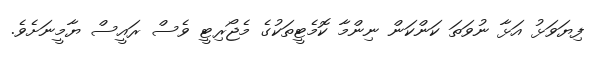
ފިޔަވަޅު އަޅާ ނުވަތަ ކަންކަން ނިންމާ ކޮމެޓީތަކުގެ މެޖޯރިޓީ ވެސް ރައީސް ޔާމީނަށެވެ.